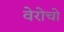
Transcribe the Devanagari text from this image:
वेरोचो